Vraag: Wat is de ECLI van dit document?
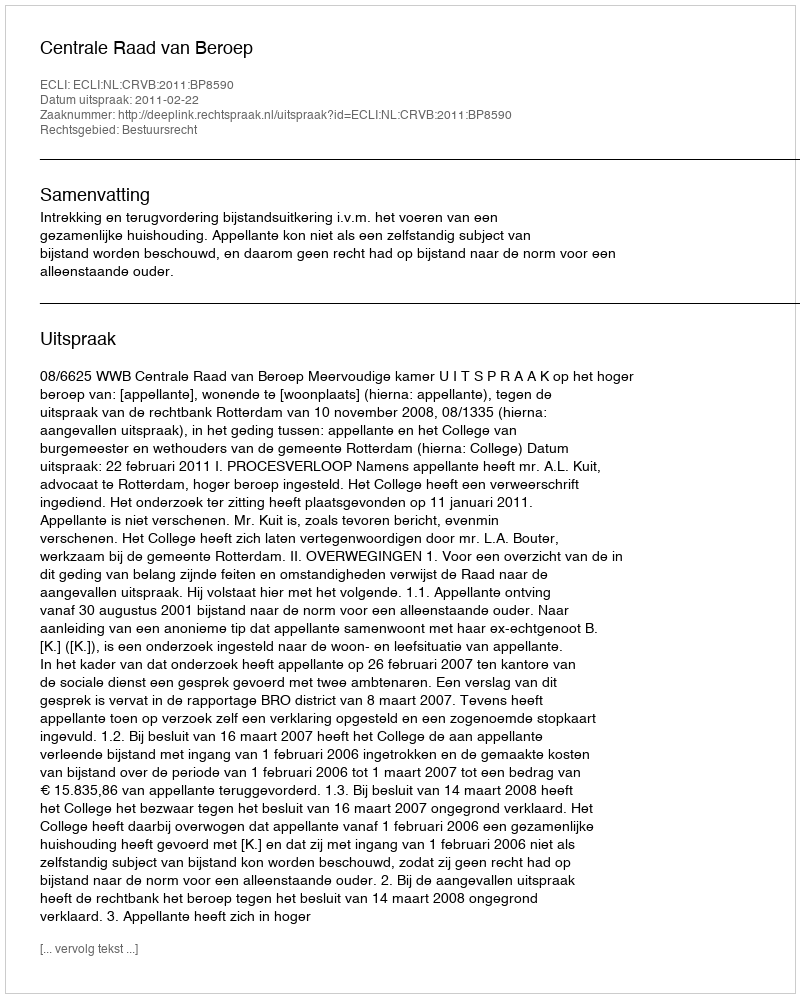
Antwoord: ECLI:NL:CRVB:2011:BP8590